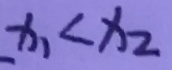
x _ { 1 } < x _ { 2 }